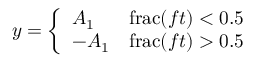
y = { \left\{ \begin{array} { l l } { A _ { 1 } } & { \operatorname { f r a c } ( f t ) < 0 . 5 } \\ { - A _ { 1 } } & { \operatorname { f r a c } ( f t ) > 0 . 5 } \end{array} \right. }